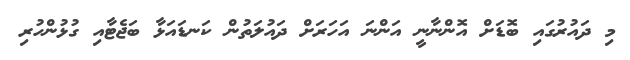
މި ދައުރުގައި ބޮޑަށް އޮންނާނީ އަންނަ އަހަރަށް ދައުލަތުން ކަނޑައަޅާ ބަޖެޓާއި ގުޅުންހުރި